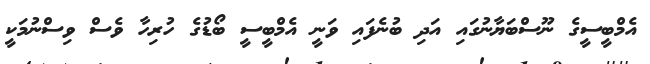
އެމްބީސީގެ ނޫސްބަޔާނުގައި އަދި ބުނެފައި ވަނީ އެމްބީސީ ބޯޑުގެ ހުރިހާ ވެސް ވިސްނުމަކީ